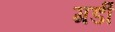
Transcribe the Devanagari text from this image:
गर्डी